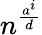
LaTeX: n^{\frac{a^{i}}{d}}